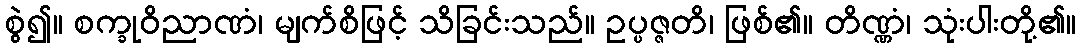
စွဲ၍။ စက္ခုဝိညာဏံ၊ မျက်စိဖြင့် သိခြင်းသည်။ ဥပ္ပဇ္ဇတိ၊ ဖြစ်၏။ တိဏ္ဏံ၊ သုံးပါးတို့၏။